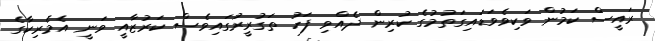
ރައީސް ކަމުން ވަކިވެވަޑައިގަތުމުގެ ކުރިން ދެއްވި ފަހު ތަގުރީރުގައިވެސް ކަރުޒާއީ ވަނީ އެމެރިކާގެ